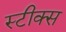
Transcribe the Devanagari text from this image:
स्टीक्स